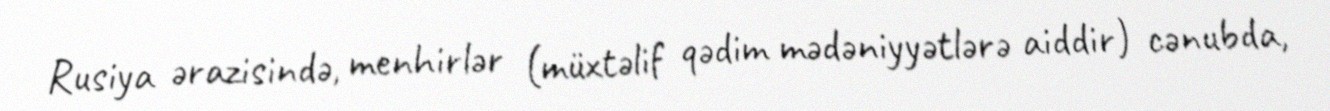
Rusiya ərazisində, menhirlər (müxtəlif qədim mədəniyyətlərə aiddir) cənubda,